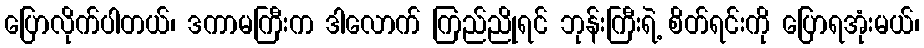
ပြောလိုက်ပါတယ်၊ ဒကာမကြီးက ဒါလောက် ကြည်ညိုရင် ဘုန်းကြီးရဲ့ စိတ်ရင်းကို ပြောရအုံးမယ်၊